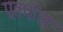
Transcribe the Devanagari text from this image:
प्रतफल